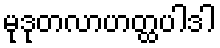
မုဒုတလာဟတ္ထပါဒါ